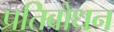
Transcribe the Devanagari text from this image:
प्रतिबोधन